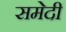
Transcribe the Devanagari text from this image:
समेदी